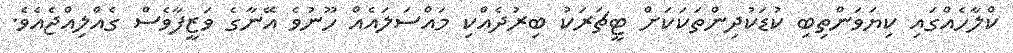
ކްލާހެއްގައި ކިޔަވަންތިބި ކުޑަކުދިންތަކަކަށް ޓީޗަރަކު ބިރުދެއްކި މައްސަލައެއް ހޫނުވެ އޭނާގެ ވަޒީފާވެސް ގެއްލިއްޖެއެވެ.